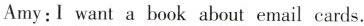
Amy:I want a book about email cards.